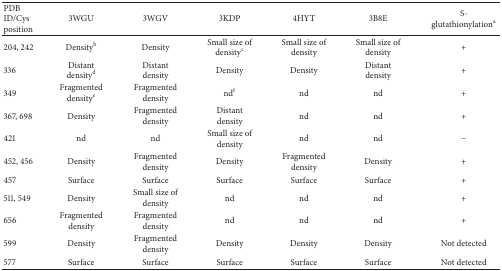
| PDB ID/Cys position | 3WGU | 3WGV | 3KDP | 4HYT | 3B8E | S-glutathionylationa |
 | --- | --- | --- | --- | --- | --- | --- |
 | 204, 242 | Densityb | Density | Small size of densityc | Small size of density | Small size of density | + |
 | 336 | Distant densityd | Distant density | Density | Density | Distant density | + |
 | 349 | Fragmented densitye | Fragmented density | ndf | nd | nd | + |
 | 367, 698 | Density | Fragmented density | Distant density | nd | nd | + |
 | 421 | nd | nd | Small size of density | nd | nd | − |
 | 452, 456 | Density | Fragmented density | Density | Fragmented density | Density | + |
 | 457 | Surface | Surface | Surface | Surface | Surface | + |
 | 511, 549 | Density | Small size of density | nd | nd | nd | + |
 | 656 | Fragmented density | Fragmented density | nd | nd | nd | + |
 | 599 | Density | Fragmented density | Density | Density | Density | Not detected |
 | 577 | Surface | Surface | Surface | Surface | Surface | Not detected |